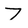
Character: 7